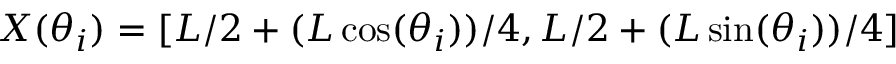
X ( \theta _ { i } ) = [ L / 2 + ( L \cos ( \theta _ { i } ) ) / 4 , L / 2 + ( L \sin ( \theta _ { i } ) ) / 4 ]